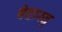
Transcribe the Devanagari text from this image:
वेदास्तु